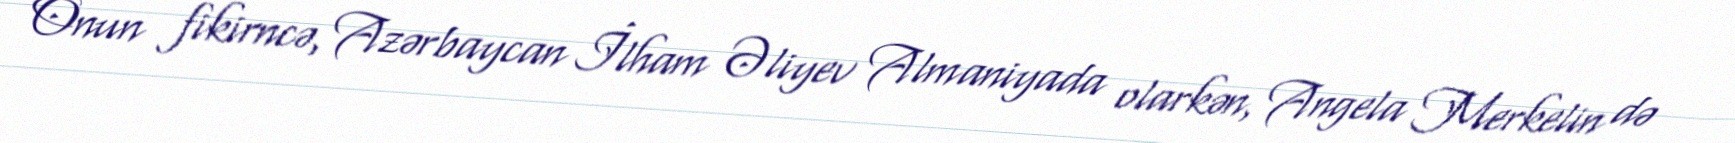
Onun fikirncə, Azərbaycan İlham Əliyev Almaniyada olarkən, Angela Merkelin də